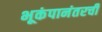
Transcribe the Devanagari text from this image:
भूकंपानंतरची